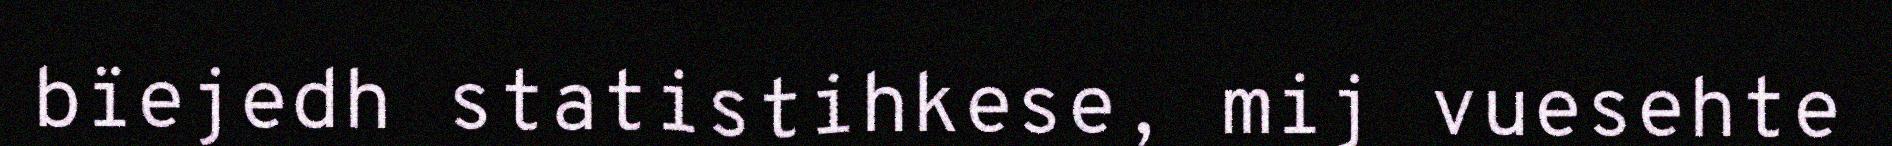
bïejedh statistihkese, mij vuesehte